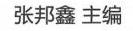
张邦鑫 主编